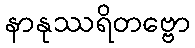
နာနုဿရိတဗ္ဗော